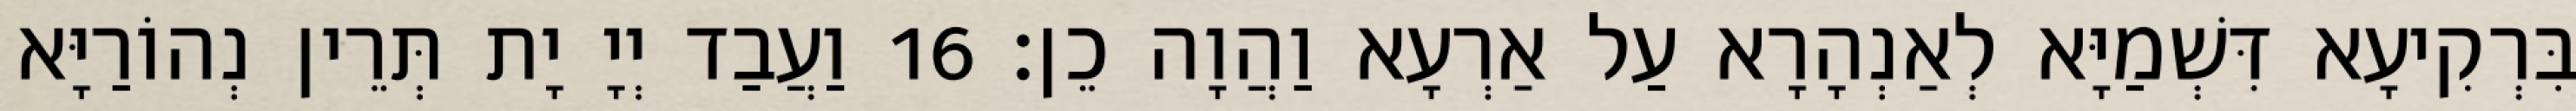
בִּרְקִיעָא דִּשְׁמַיָּא לְאַנְהָרָא עַל אַרְעָא וַהֲוָה כֵן׃ 16 וַעֲבַד יְיָ יָת תְּרֵין נְהוֹרַיָּא